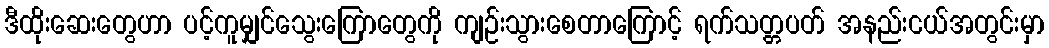
ဒီထိုးဆေးတွေဟာ ပင့်ကူမျှင်သွေးကြောတွေကို ကျဉ်းသွားစေတာကြောင့် ရက်သတ္တပတ် အနည်းငယ်အတွင်းမှာ